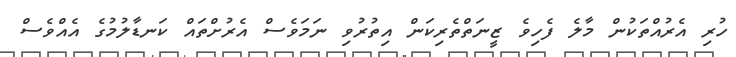
ހުރި އެރުއްތަކުން މާލެ ފެހިވެ ޒީނަތްތެރިކަން އިތުރުވި ނަމަވެސް އެރުށްތައް ކަނޑާލުމުގެ އެއްވެސް